Civil Veterinary Dept. Bombay admin report 1907-1913 - 1907-1913
Year: 1907
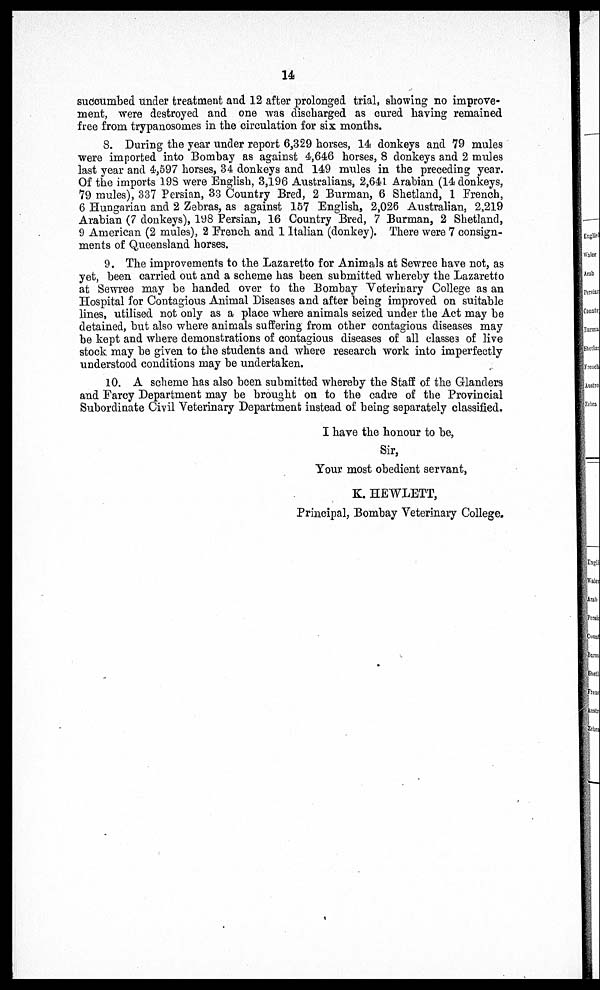
14
succumbed under treatment and 12 after prolonged trial, showing no improve-
ment, were destroyed and one was discharged as cured having remained
free from trypanosomes in the circulation for six months.
8. During the year under report 6,329 horses, 14 donkeys and 79 mules
were imported into Bombay as against 4,646 horses, 8 donkeys and 2 mules
last year and 4,597 horses, 34 donkeys and 149 mules in the preceding year.
Of the imports 198 were English, 3,196 Australians, 2,641. Arabian (14 donkeys,
79 mules), 337 Persian, 33 Country Bred, 2 Burman, 6 Shetland, 1 French,
6 Hungarian and 2 Zebras, as against 157 English, 2,026 Australian, 2,219
Arabian (7 donkeys), 198 Persian, 16 Country Bred, 7 Burman, 2 Shetland,
9 American (2 mules), 2 French and 1 Italian (donkey). There were 7 consign-
ments of Queensland horses.
9. The improvements to the Lazaretto for Animals at Sewree have not, as
yet, been carried out and a scheme has been submitted whereby the Lazaretto
at Sewree may be handed over to the Bombay Veterinary College as an
Hospital for Contagious Animal Diseases and after being improved on suitable
lines, utilised not only as a place where animals seized under the Act may be
detained, but also where animals suffering from other contagious diseases may
be kept and where demonstrations of contagious diseases of all classes of live
stock may be given to the students and where research work into imperfectly
understood conditions may be undertaken.
10. A scheme has also been submitted whereby the Staff of the Glanders
and Farcy Department may be brought on to the cadre of the Provincial
Subordinate Civil Veterinary Department instead of being separately classified.
I have the honour to be,
Sir,
Your most obedient servant,
K. HEWLETT,
Principal, Bombay Veterinary College.